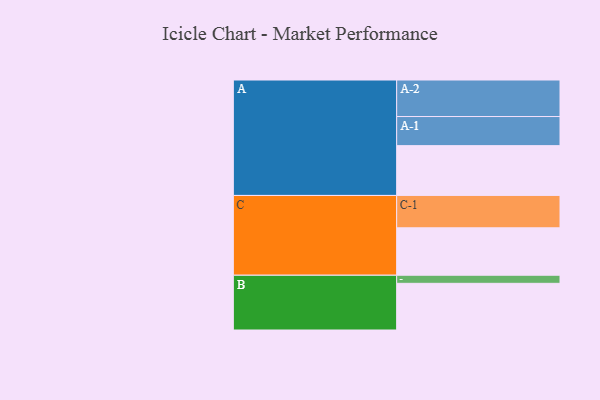
{"axis": {"x": "Segment", "y": "Value"}, "legend": ["", "A", "B", "C"], "data": [{"x": "A", "y": 394, "type": ""}, {"x": "B", "y": 369, "type": ""}, {"x": "C", "y": 375, "type": ""}, {"x": "A-1", "y": 230, "type": "A"}, {"x": "A-2", "y": 289, "type": "A"}, {"x": "B-1", "y": 64, "type": "B"}, {"x": "C-1", "y": 256, "type": "C"}]}